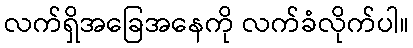
လက်ရှိအခြေအနေကို လက်ခံလိုက်ပါ။